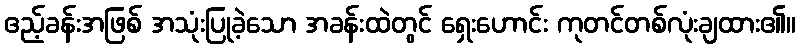
ဧည့်ခန်းအဖြစ် အသုံးပြုခဲ့သော အခန်းထဲတွင် ရှေးဟောင်း ကုတင်တစ်လုံးချထား၏။